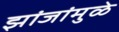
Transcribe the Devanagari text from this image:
झांजांमुळे